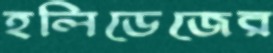
হলিডেজের